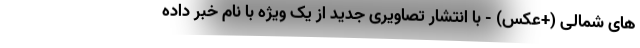
های شمالی (+عکس) - با انتشار تصاویری جدید از یک ویژه با نام خبر داده